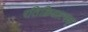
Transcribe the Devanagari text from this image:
रतिक्रियात्मक